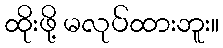
ထိုးဖို့ မလုပ်ထားဘူး။